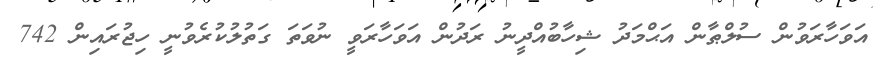
އަވަހާރަވުން ސުލްޠާން އަޙްމަދު ޝިހާބުއްދީނު ރަދުން އަވަހާރަވީ ނުވަތަ ގަތުލުކުރެވުނީ ހިޖުރައިން 742